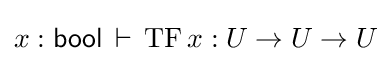
x:{\mathsf {bool}}\,\vdash \,\mathrm {TF} \,x:U\to U\to U